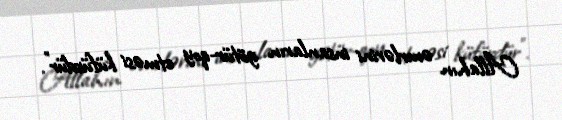
Allahın əmrlərini insanların götür-qoy etməsi küfürdür".